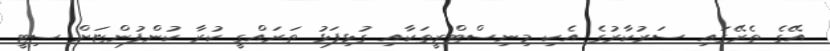
އޭގެ ތެރޭގައި ސަރުކާރުގެ އެކި މިނިސްޓްރީތަކާއި ގުޅިފަޅު ތަރައްގީ ކުރާ ކުންފުންޏަށް ސިޓީ